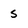
Character: 5